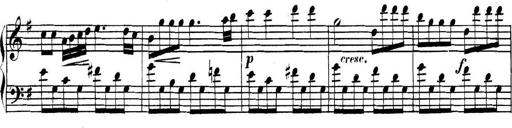
Title: Collected Piano Sonatas
Composer: Muzio Clementi